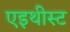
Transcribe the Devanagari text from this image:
एइथीस्ट